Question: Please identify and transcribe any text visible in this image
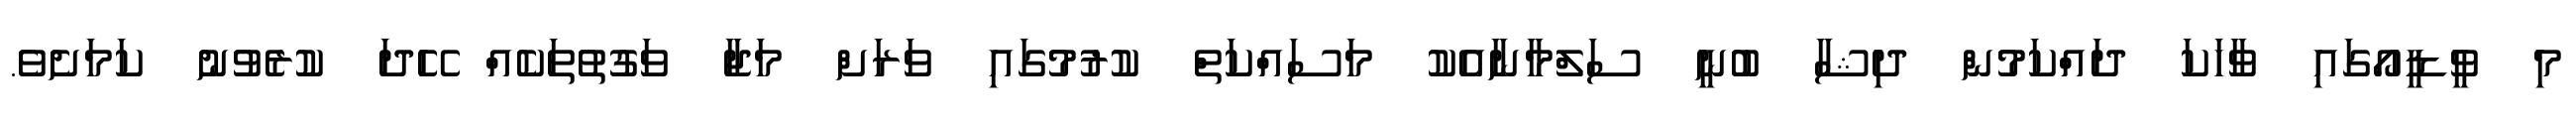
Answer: މި ވީޑީއޯގައި ވާހަކަ ދައްކަމުން ދިޝާ ބުނީ ސަލްމާނާއެކު މަސައްކަތް ކުރުމުގައި ވަރަށް މަޖާ ވަގުތުތަކެއް ހޭދަ ކުރެވުނު ކަމަށެވެ.